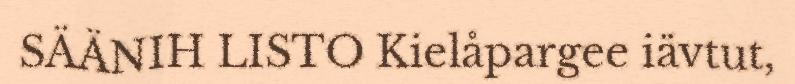
SÄÄNIH LISTO Kielåpargee iävtut,